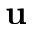
\mathbf { u }